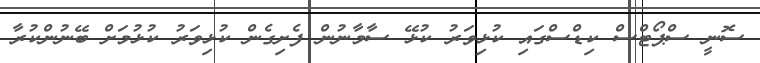
ސޮނީ ސްޕޯޓްސް ކިޑްސްގައި ކުޅިވަރު ކުޅޭ ސާމާނުން ފެށިގެން ކުޅިވަރު ކުޅުމަށް ބޭނުންކުރާ